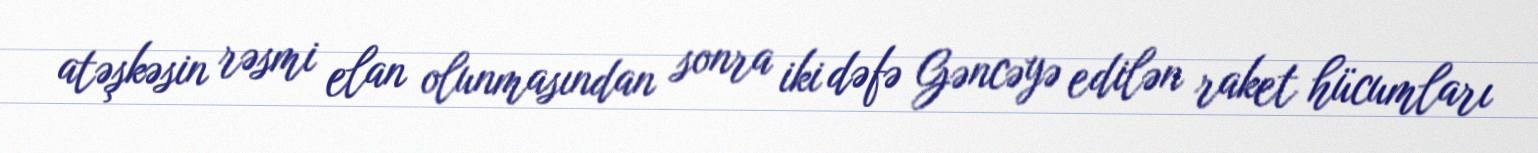
atəşkəsin rəsmi elan olunmasından sonra iki dəfə Gəncəyə edilən raket hücumları